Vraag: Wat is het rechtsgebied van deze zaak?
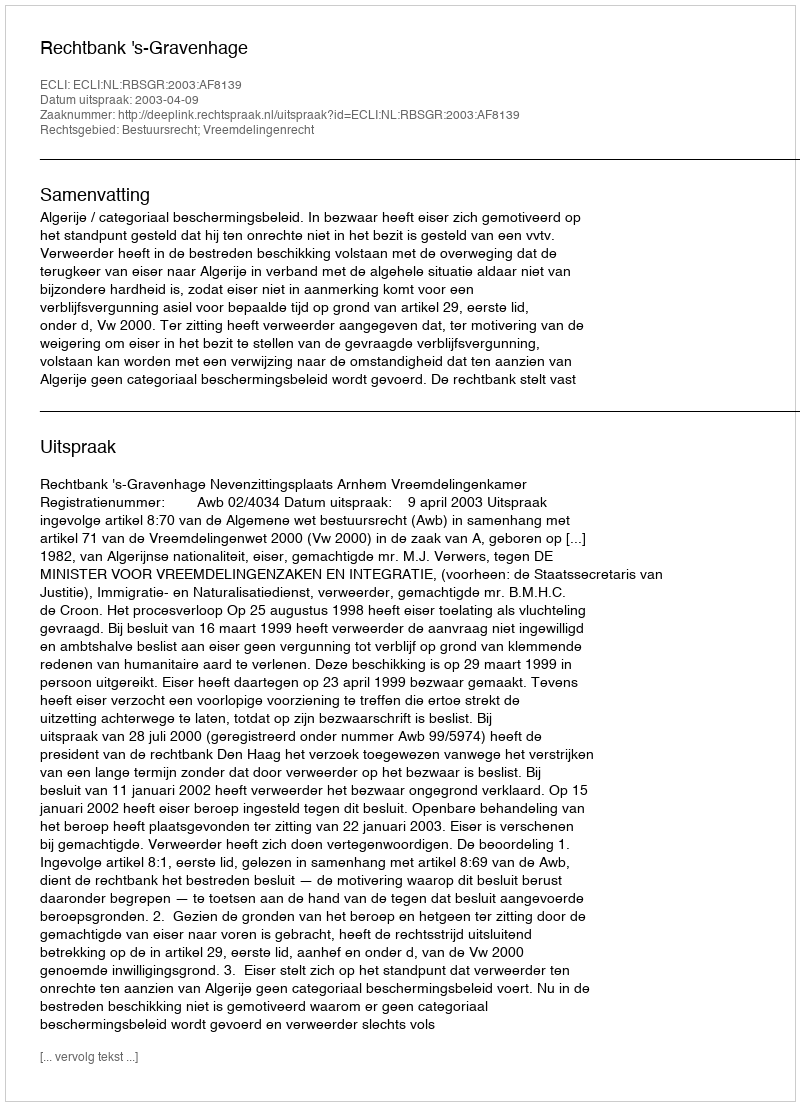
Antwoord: Bestuursrecht; Vreemdelingenrecht